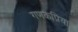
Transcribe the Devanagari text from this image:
गणकप्रिया